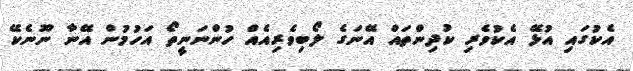
އެކުގައި އުޅޭ އެކުވެރި ކުދިންތައް އޭނަގެ ލޯބިވެރިއެއް ހުންނަނީތޯ އަހުމުން އޭނާ ނޫނެކޭ